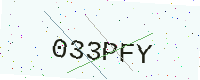
Text: 033PFY